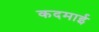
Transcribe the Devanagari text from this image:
कदमाई